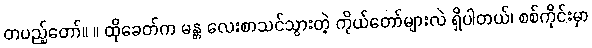
တပည့်တော်။ ။ ထိုခေတ်က မန္တ လေးစာသင်သွားတဲ့ ကိုယ်တော်များလဲ ရှိပါတယ်၊ စစ်ကိုင်းမှာ